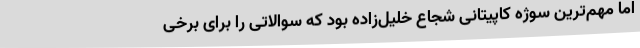
اما مهم‌ترین سوژه کاپیتانی شجاع خلیل‌زاده بود که سوالاتی را برای برخی